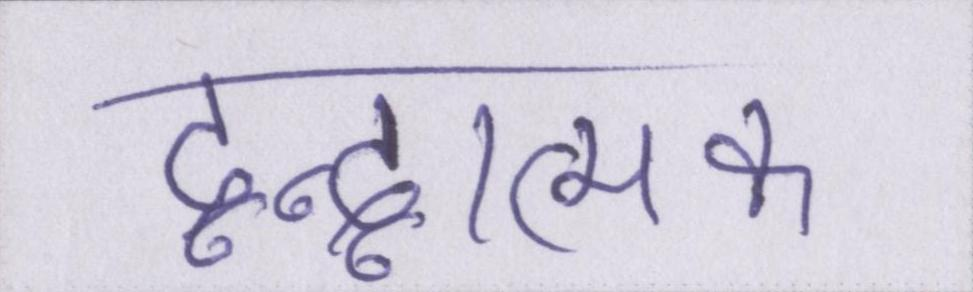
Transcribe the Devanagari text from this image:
द्वन्द्वात्मक